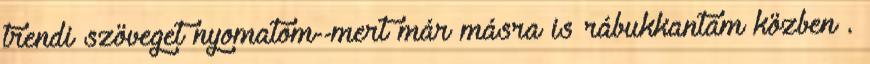
trendi szöveget nyomatom--mert már másra is rábukkantam közben .